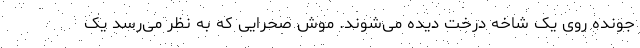
جونده روی یک شاخه درخت دیده می‌شوند. موش صحرایی که به نظر می‌رسد یک